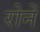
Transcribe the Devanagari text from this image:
रोनें